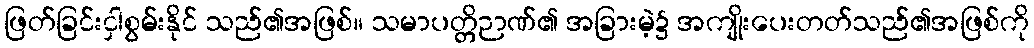
ဖြတ်ခြင်းငှါစွမ်းနိုင် သည်၏အဖြစ်။ သမာပတ္တိဉာဏ်၏ အခြားမဲ့၌ အကျိုးပေးတတ်သည်၏အဖြစ်ကို